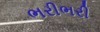
ભરીભરી